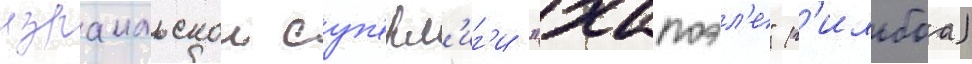
израильскои суп'ерл'иг'и "хапоэл'е" (г'ильбоа)